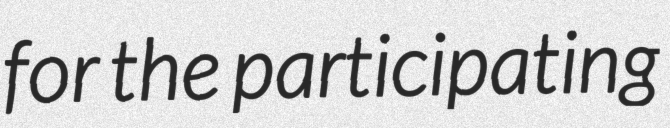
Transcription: for the participating